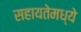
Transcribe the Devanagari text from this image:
सहायतेमध्ये